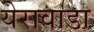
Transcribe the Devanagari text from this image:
येरावाडा